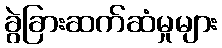
ခွဲခြားဆက်ဆံမှုများ